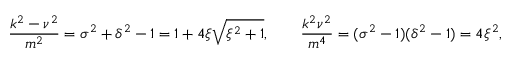
\frac { k ^ { 2 } - \nu ^ { 2 } } { m ^ { 2 } } = \sigma ^ { 2 } + \delta ^ { 2 } - 1 = 1 + 4 \xi \sqrt { \xi ^ { 2 } + 1 } , \qquad \frac { k ^ { 2 } \nu ^ { 2 } } { m ^ { 4 } } = ( \sigma ^ { 2 } - 1 ) ( \delta ^ { 2 } - 1 ) = 4 \xi ^ { 2 } ,